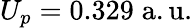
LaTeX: U_{p}=0.329\mathrm{\; a.u.}